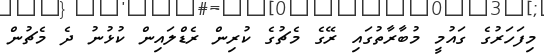
މިފަހަރުގެ ގައުމީ މުބާރާތުގައި ރޭގެ މެޗުގެ ކުރިން ރެޑްލައިން ކުޅުނު ދެ މެޗުން